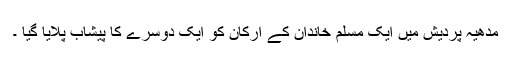
مدھیہ پردیش میں ایک مسلم خاندان کے ارکان کو ایک دوسرے کا پیشاب پلایا گیا ۔